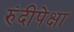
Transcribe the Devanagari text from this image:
रुंदीपेक्षा